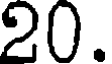
20.